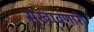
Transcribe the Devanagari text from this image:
सुखावणारी